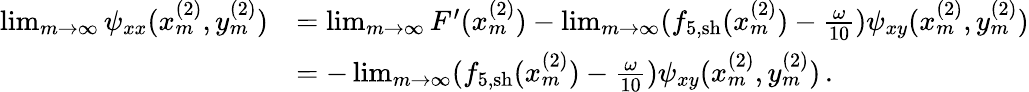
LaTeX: \begin{array}{rl}{\operatorname*{lim}_{m\rightarrow\infty}\psi_{xx}(x_{m}^{(2)},y_{m}^{(2)})}&{=\operatorname*{lim}_{m\rightarrow\infty}F^{\prime}(x_{m}^{(2)})-\operatorname*{lim}_{m\rightarrow\infty}(f_{5,\mathrm{sh}}(x_{m}^{(2)})-\frac{\omega}{10})\psi_{xy}(x_{m}^{(2)},y_{m}^{(2)})}\\ &{=-\operatorname*{lim}_{m\rightarrow\infty}(f_{5,\mathrm{sh}}(x_{m}^{(2)})-\frac{\omega}{10})\psi_{xy}(x_{m}^{(2)},y_{m}^{(2)})\, .}\end{array}